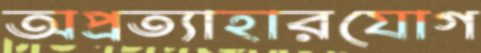
অপ্রত্যাহারযোগ